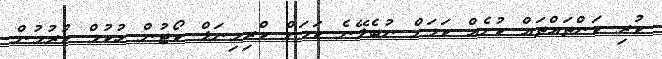
ކުރި ކަންތައްތައް ކުށެއް ކަމަށް ނުބެލޭނެ ކަމަށް ކްރިމިނަލް ކޯޓުން ހުކުމް ކުރުމުން